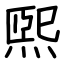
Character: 煕